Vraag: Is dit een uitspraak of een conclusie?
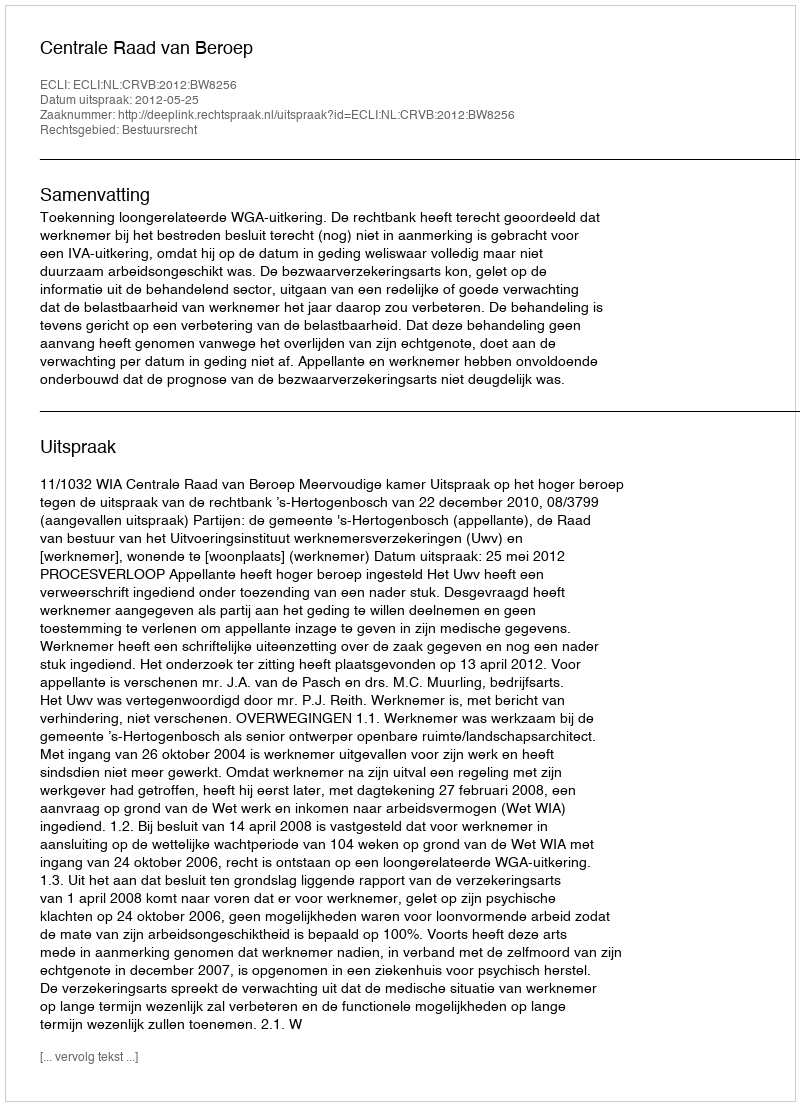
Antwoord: Uitspraak